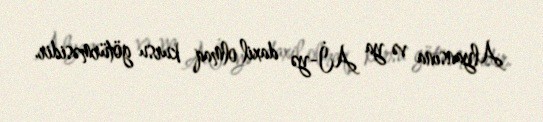
Alyansına və ya Aİ-yə daxil olmaq kursu götürməsidir.